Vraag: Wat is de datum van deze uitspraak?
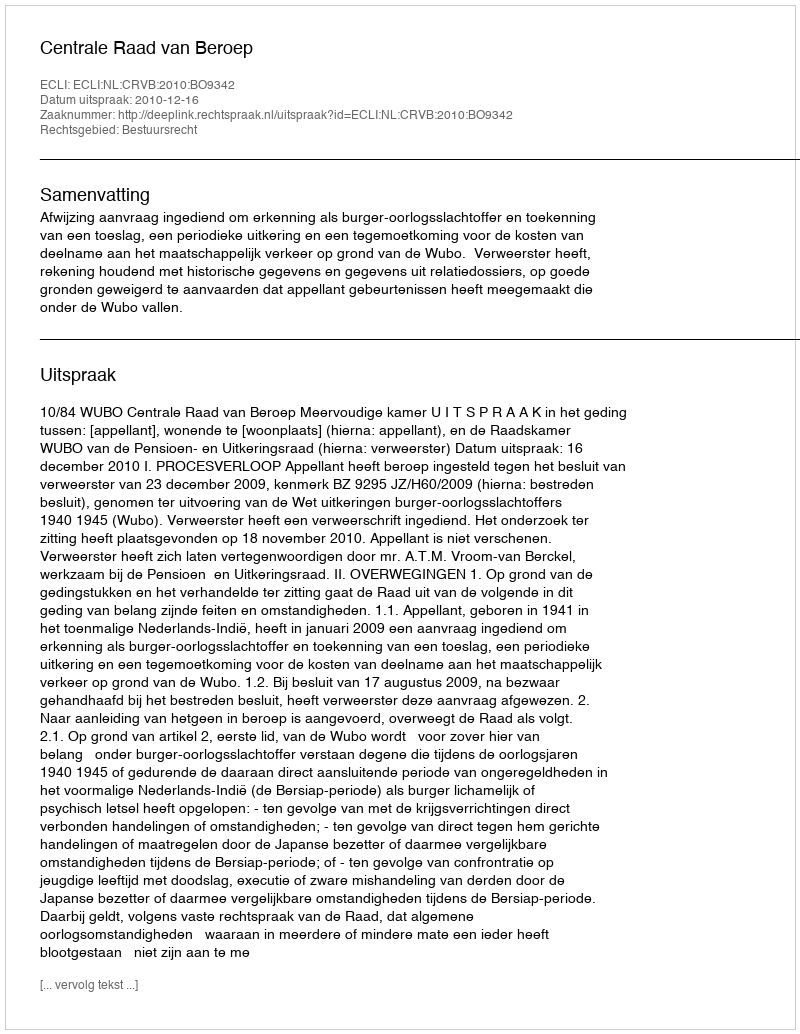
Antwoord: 2010-12-16